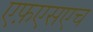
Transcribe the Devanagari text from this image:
एफ़एसएच